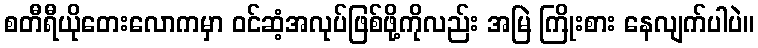
စတီရီယိုတေးလောကမှာ ဝင်ဆံ့အလုပ်ဖြစ်ဖို့ကိုလည်း အမြဲ ကြိုးစား နေလျက်ပါပဲ။